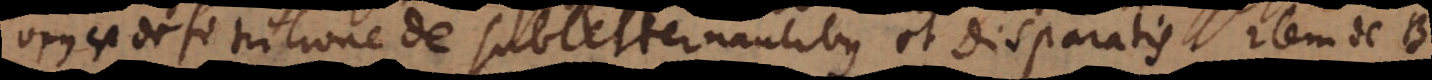
Opus est definitione de subalternantibus et disparatis. Item de B